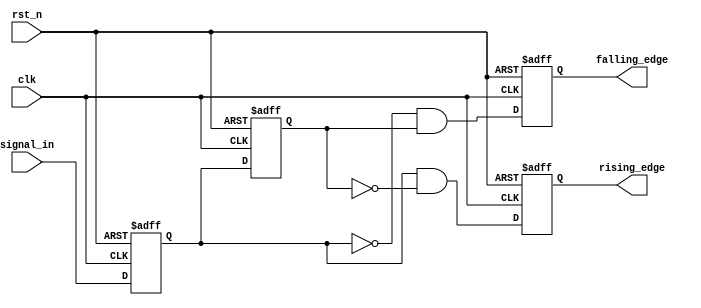
module glitch_free_edge_detector (
    input wire clk,          // Clock signal
    input wire rst_n,       // Active low reset signal
    input wire signal_in,    // Input signal to monitor
    output reg rising_edge,  // Output signal for rising edge detection
    output reg falling_edge  // Output signal for falling edge detection
);

    // Memory blocks to store current and previous states
    reg signal_current;      // Current state of the input signal
    reg signal_previous;     // Previous state of the input signal

    // Sequential logic to update states on clock edge
    always @(posedge clk or negedge rst_n) begin
        if (!rst_n) begin
            signal_current <= 1'b0;
            signal_previous <= 1'b0;
            rising_edge <= 1'b0;
            falling_edge <= 1'b0;
        end else begin
            // Update previous state with current state
            signal_previous <= signal_current;
            // Latch the current state of the input signal
            signal_current <= signal_in;

            // Edge detection logic
            rising_edge <= (signal_current && !signal_previous); // Rising edge detected
            falling_edge <= (!signal_current && signal_previous); // Falling edge detected
        end
    end

endmodule